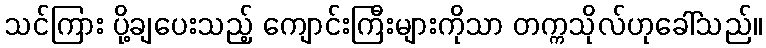
သင်ကြား ပို့ချပေးသည့် ကျောင်းကြီးများကိုသာ တက္ကသိုလ်ဟုခေါ်သည်။